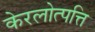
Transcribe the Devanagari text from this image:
केरलोत्पत्ति